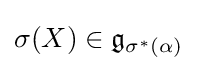
\sigma (X)\in {\mathfrak {g}}_{\sigma ^{*}(\alpha )}